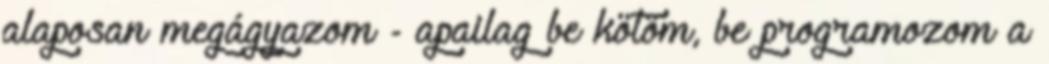
alaposan megágyazom - apailag be kötöm, be programozom a